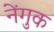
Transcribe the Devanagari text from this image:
नेंगुक